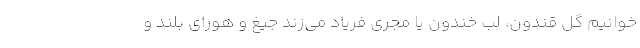
‌خوانیم گل قندون، لب خندون یا مجری فریاد می‌زند جیغ و هورای بلند و